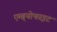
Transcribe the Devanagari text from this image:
एम्ब्र्योफाइट